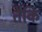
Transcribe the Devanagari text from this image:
तैकि